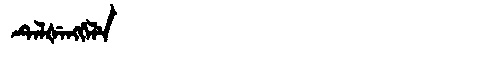
Manchu: ᡨᡝᠯᡧᡝᠩᡤᡝᠯᡝ
Romanization: TELŠENGGELE